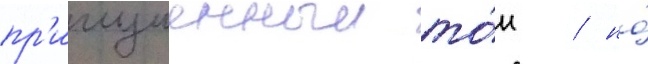
пр'иглушенныи то́н / но́